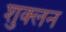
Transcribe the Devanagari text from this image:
शुक्लन